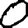
Digit: 0